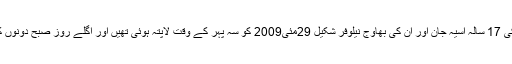
واضح رہے کہ جنوبی قصبہ شوپیان کی 17 سالہ آسیہ جان اور ان کی بھاوج نیلوفر شکیل 29مئی2009 کو سہ پہر کے وقت لاپتہ ہوئی تھیں اور اگلے روز صبح دونوں کی لاشیں رمبی آراء سے بر آمد ہوئیں۔